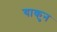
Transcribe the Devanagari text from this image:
याकुन